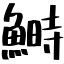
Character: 鰣